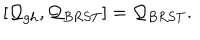
[ { \cal Q } _ { g h } , { \cal Q } _ { B R S T } ] = { \cal Q } _ { B R S T } .